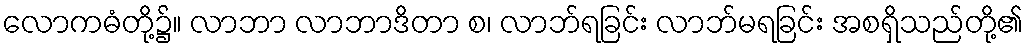
လောကဓံတို့၌။ လာဘာ လာဘာဒိတာ စ၊ လာဘ်ရခြင်း လာဘ်မရခြင်း အစရှိသည်တို့၏